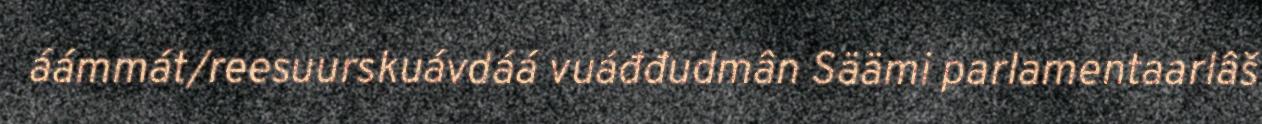
áámmát/reesuurskuávdáá vuáđđudmân Säämi parlamentaarlâš